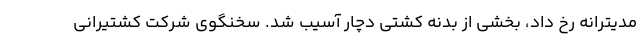
مدیترانه رخ داد، بخشی از بدنه کشتی دچار آسیب شد. سخنگوی شرکت کشتیرانی